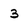
Character: 3